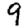
Digit: 9